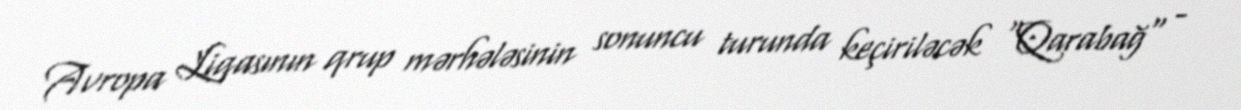
Avropa Liqasının qrup mərhələsinin sonuncu turunda keçiriləcək "Qarabağ" -